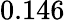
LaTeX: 0.146